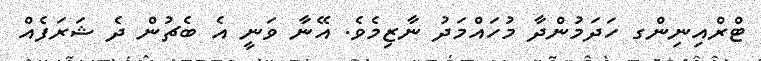
ޓްރްއިނިންގ ހަދަމުންދާ މުހައްމަދު ނާޒިމެވެ. އޭނާ ވަނީ އެ ބެޗުން ދެ ޝަރަފެއް